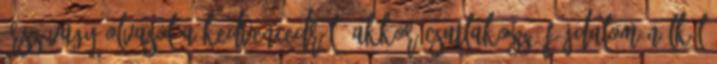
írsz vagy olvasol a kedvencedről, akkor csatlakozz "Fájdalom nélkül